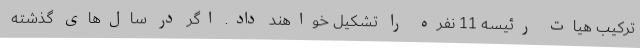
ترکیب هیات رئیسه 11 نفره را تشکیل خواهند داد. اگر در سال‌های گذشته